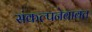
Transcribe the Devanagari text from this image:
संकल्पनेबाबत